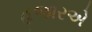
હજારએ